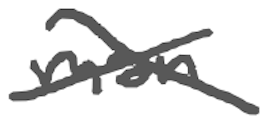
Text: man
Cross-out: cross
Writing tool: digital_gray